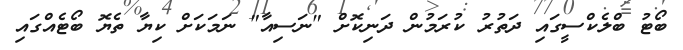
ބޯޓު ބްލެކްސީގައި ދަތުރު ކުރަމުން ދަނިކޮށް "ނަސިއާ" ނަމަކަށް ކިޔާ ތެޔޮ ބޯޓެއްގައި